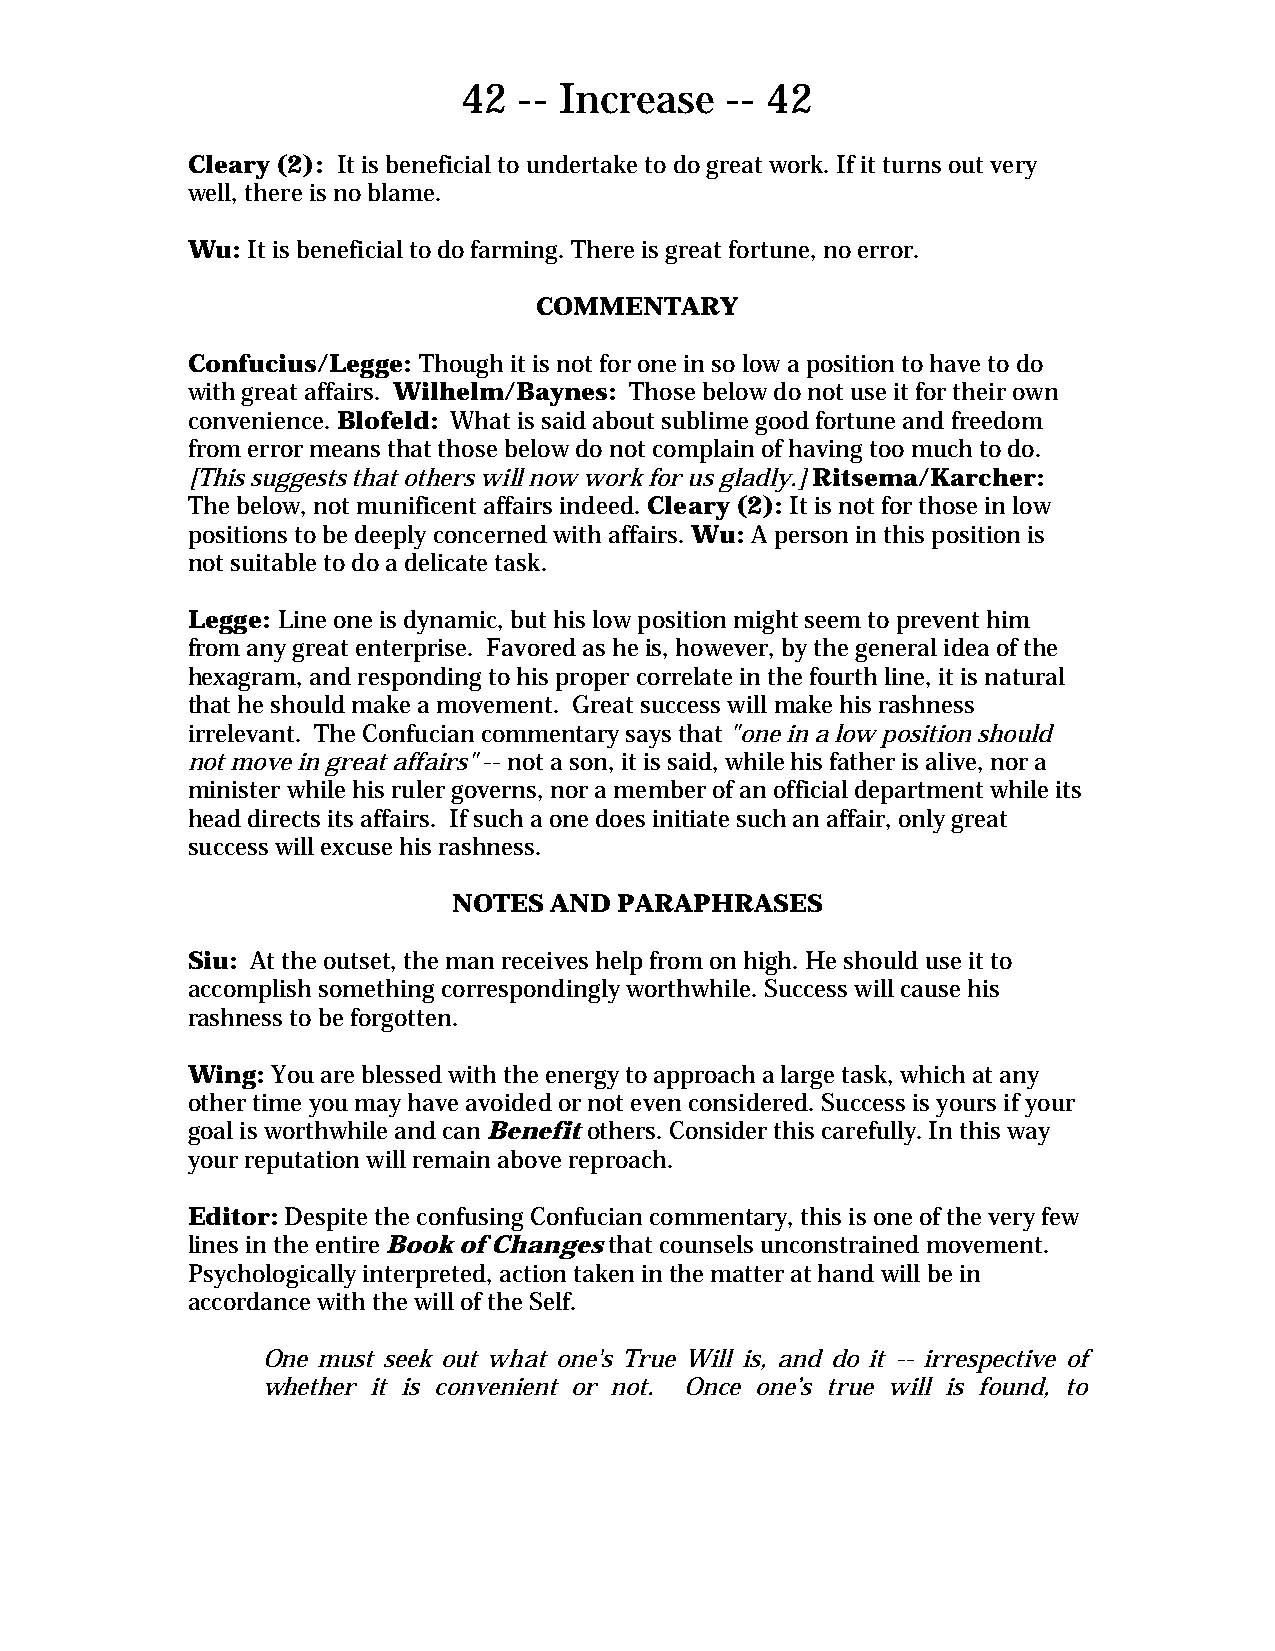
42 -- Increase   -- 42
 Cleary (2): It is beneficial to undertake to do great work. If it turns out very
 well, there is no blame.
 Wu: It is beneficial to do farming. There is great fortune, no error.
 COMMENTARY
 Confucius/Legge: Though it is not for one in so low a position to have to do
 with great affairs. Wilhelm/Baynes: Those below do not use it for their own
 convenience. Blofeld: What is said about sublime good fortune and freedom
 from error means that those below do not complain of having too much to do.
 [This suggests that others will now work for us gladly.] Ritsema/Karcher:
 The below, not munificent affairs indeed. Cleary (2): It is not for those in low
 positions to be deeply concerned with affairs. Wu: A person in this position is
 not suitable to do a delicate task.
 Legge: Line one is dynamic, but his low position might seem to prevent him
 from any great enterprise. Favored as he is, however, by the general idea of the
 hexagram, and responding to his proper correlate in the fourth line, it is natural
 that he should make a movement. Great success will make his rashness
 irrelevant. The Confucian commentary says that "one in a low position should
 not move in great affairs" -- not a son, it is said, while his father is alive, nor a
 minister while his ruler governs, nor a member of an official department while its
 head directs its affairs. If such a one does initiate such an affair, only great
 success will excuse his rashness.
 NOTES AND  PARAPHRASES
 Siu: At the outset, the man receives help from on high. He should use it to
 accomplish something correspondingly worthwhile. Success will cause his
 rashness to be forgotten.
 Wing: You are blessed with the energy to approach a large task, which at any
 other time you may have avoided or not even considered. Success is yours if your
 goal is worthwhile and can Benefit others. Consider this carefully. In this way
 your reputation will remain above reproach.
 Editor: Despite the confusing Confucian commentary, this is one of the very few
 lines in the entire Book of Changes that counsels unconstrained movement.
 Psychologically interpreted, action taken in the matter at hand will be in
 accordance with the will of the Self.
 One must seek out what one's True Will is, and do it -- irrespective of
 whether it is convenient or not. Once one’s true will is found, to